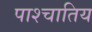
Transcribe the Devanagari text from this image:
पाश्चातिय